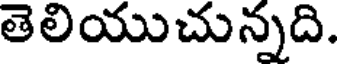
తెలియుచున్నది.